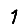
Digit: 1